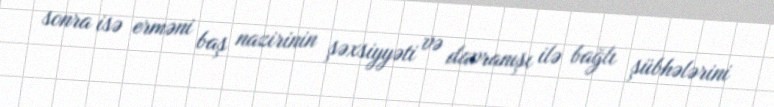
sonra isə erməni baş nazirinin şəxsiyyəti və davranışı ilə bağlı şübhələrini